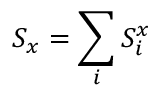
S _ { x } = \sum _ { i } S _ { i } ^ { x }